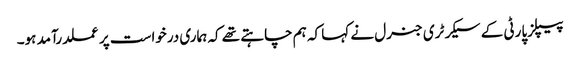
پیپلزپارٹی کے سیکرٹری جنرل نے کہا کہ ہم چاہتے تھے کہ ہماری درخواست پر عملدرآمد ہو۔